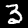
Label: 3